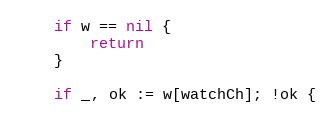
Language: Go
	if w == nil {
		return
	}

	if _, ok := w[watchCh]; !ok {